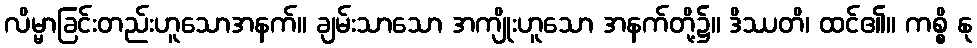
လိမ္မာခြင်းတည်းဟူသောအနက်။ ချမ်းသာသော အကျိုးဟူသော အနက်တို့၌။ ဒိဿတိ၊ ထင်၏။ ကစ္စိ နု